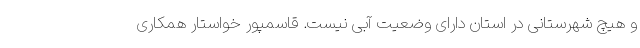
و هیچ شهرستانی در استان دارای وضعیت آبی نیست. قاسمپور خواستار همکاری